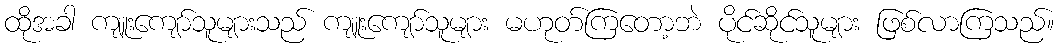
ထိုအခါ ကျူးကျော်သူများသည် ကျူးကျော်သူများ မဟုတ်ကြတော့ဘဲ ပိုင်ဆိုင်သူများ ဖြစ်လာကြသည်။